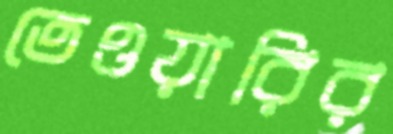
তেওয়ারির